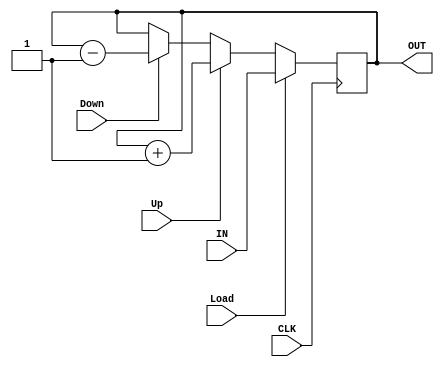
module updown (OUT, Up, Down, Load, IN, CLK);	
output 	[3: 0] 	OUT;
input 	[3: 0] 	IN;  
input 			Up, Down, Load, CLK;
reg 	[3:0] 	OUT;

always @ (posedge CLK)
if (Load) OUT <= IN;
else if (Up) 	OUT <= OUT + 4'b0001;
else if (Down)	OUT <= OUT - 4'b0001;
else 		OUT <= OUT;
endmodule
  
  
  
  module tb_updown ();
   
 reg [3: 0] IN; 
 reg Up, Down, Load;
 reg CLK=0;
 wire [3: 0] 	OUT;
 
 
 updown DUT (OUT, Up, Down, Load, IN, CLK);
 
 always #10 CLK = ~CLK;
 
 
 initial
 begin
 
 IN=4'b1111;Load=1'b1;Up=1'b0; Down=1'b0;
 #15  Load=1'b0;Up=1'b1; Down=1'b0;
 #100  Load=1'b0;Up=1'b0; Down=1'b1;
 
 end
 endmodule